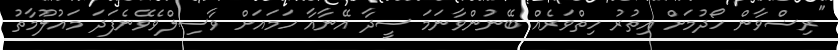
"ރިޟްވާން ހޯދުމަށް އިތުރު ހިތްވަރެއް ބޭނުންވާނަމަ ސީދާ އޭނާއާ ހަމައަށް ވާސިލްވެވޭނެފަދަ މައުލޫމާތު